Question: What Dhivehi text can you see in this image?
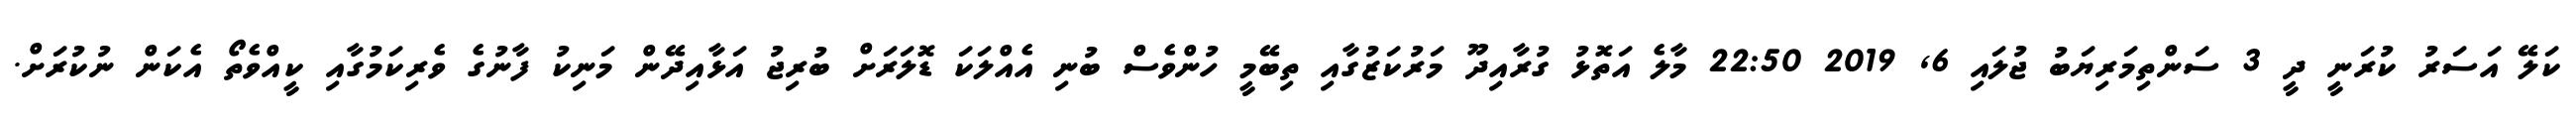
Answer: ކަލޭ އަސަރު ކުރަނީ ދީ 3 ސަންތިމަރިޔަބު ޖުލައި 6, 2019 22:50 މާލެ އަތޮޅު ގުރާއިދޫ މަރުކަޒުގާއި ތިބޭމީ ހުންވެސް ބުނި އެއްލަކަ ޑޮލަރަށް ބުރިޖު އަޅާއިދޭން މަނިކު ފާނުގެ ވެރިކަމުގާއި ކީއްވެތޯ އެކަން ނުކުރަށް.